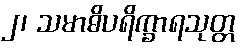
၂၊ သမာဓိပရိက္ခာရသုတ္တ